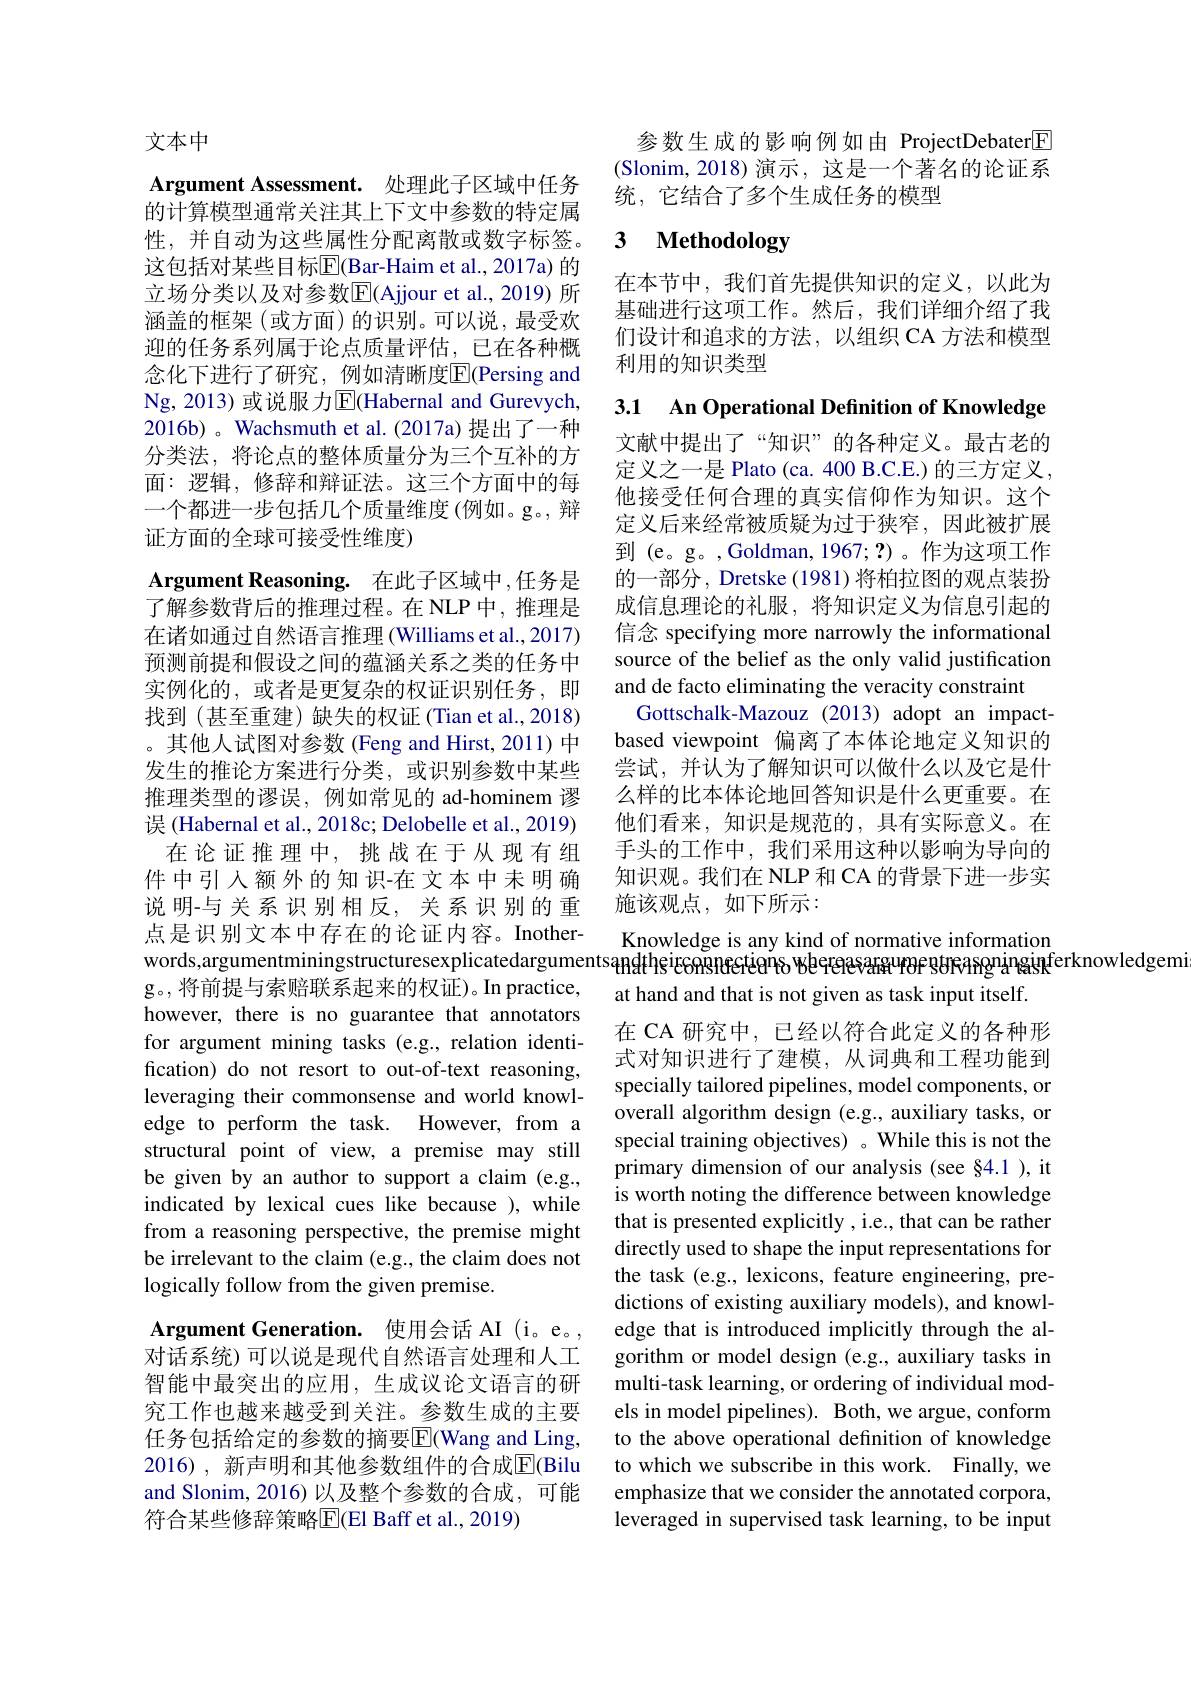
文本中

Argument Assessment. 处理此子区域中任务的计算模型通常关注其上下文中参数的特定属这包括对某些目标$\overline{\mathbb{E}}($Bar-Haim et al., 2017a) 的立场分类以及对参数$\overline{\mathrm{E}}($Ajjour et al., 2019) 所涵盖的框架(或方面)的识别。可以说，最受欢迎的任务系列属于论点质量评估，已在各种概念化下进行了研究，例如清晰度|El(Persing and Ng,2013)或说服力$\overline{\mathrm{E}}$(Habernal and Gurevych, 2016b) 。Wachsmuth et al. (2017a) 提出了一种分类法，将论点的整体质量分为三个互补的方面：逻辑，修辞和辩证法。这三个方面中的每一个都进一步包括几个质量维度(例如。g。, 辩证方面的全球可接受性维度)

Argument Reasoning. 在此子区域中，任务是了解参数背后的推理过程。在 NLP 中，推理是在诸如通过自然语言推理(Williams et al.,2017) 预测前提和假设之间的蕴涵关系之类的任务中实例化的，或者是更复杂的权证识别任务，即找到(甚至重建)缺失的权证(Tian et al.,2018) 。其他人试图对参数 (Feng and Hirst, 2011) 中发生的推论方案进行分类，或识别参数中某些推理类型的谬误，例如常见的 ad-hominem 谬误 (Habernal et al., 2018c; Delobelle et al., 2019) 在论证推理中，挑战在于从现有组
件中引入额外的知识-在文本中未明确说明-与关系识别相反，关系识别的重点是识别文本中存在的论证内容。Inotherwords,argumentminingstructuresexplicatedargumentsangłtheicconsnecteansangłtheicongevaranenens wheresevaranguingisinferknowledgemiterang $(x)=(x)$ dingentiningentingentingentingenting $(x)=(x)$ dingentiningentingentingenting $(x)=(x)$ dingentingentingenti
g。,将前提与索赔联系起来的权证)。In practice, however, there is no guarantee that annotators for argument mining tasks (e.g., relation identification) do not resort to out-of-text reasoning, leveraging their commonsense and world knowledge to perform the task. However, from a structural point of view, a premise may still be given by an author to support a claim (e.g., indicated by lexical cues like because ), while from a reasoning perspective, the premise might be irrelevant to the claim (e.g., the claim does not logically follow from the given premise.
Argument Generation. 使用会话 AI (i。e。, 对话系统)可以说是现代自然语言处理和人工智能中最突出的应用，生成议论文语言的研

究工作也越来越受到关注。参数生成的主要任务包括给定的参数的摘要$\overline{\mathrm{E}}$(Wang and Ling, 2016), 新声明和其他参数组件的合成$\overline{\mathbb{E}}($Bilu and Slonim, 2016)以及整个参数的合成，可能符合某些修辞策略$\overline{\mathrm{E}}($El Baff et al., 2019)

参数生成的影响例如由 ProjectDebater$\boxed{\mathrm{F}}$ (Slonim,2018)演示，这是一个著名的论证系统，它结合了多个生成任务的模型

### 性，并自动为这些属性分配离散或数字标签。3 Methodology

在本节中，我们首先提供知识的定义，以此为基础进行这项工作。然后，我们详细介绍了我们设计和追求的方法，以组织 CA 方法和模型利用的知识类型

文献中提出了“知识”的各种定义。最古老的定义之一是 Plato (ca. 400 B.C.E.) 的三方定义， 他接受任何合理的真实信仰作为知识。这个定义后来经常被质疑为过于狭窄，因此被扩展到 (e。g。,Goldman,1967;?)。作为这项工作的一部分，Dretske (1981) 将柏拉图的观点装扮成信息理论的礼服，将知识定义为信息引起的信念 specifying more narrowly the informational source of the belief as the only valid justification and de facto eliminating the veracity constraint
Gottschalk-Mazouz (2013) adopt an impactbased viewpoint 偏离了本体论地定义知识的尝试，并认为了解知识可以做什么以及它是什么样的比本体论地回答知识是什么更重要。在他们看来，知识是规范的，具有实际意义。在手头的工作中，我们采用这种以影响为导向的知识观。我们在 NLP 和 CA 的背景下进一步实施该观点，如下所示：

3.1 An Operational Definition of Knowledge Knowledge is any kind of normative information at hand and that is not given as task input itself.
在 CA 研究中，已经以符合此定义的各种形式对知识进行了建模，从词典和工程功能到specially tailored pipelines, model components, or overall algorithm design (e.g., auxiliary tasks, or special training objectives) 。While this is not the primary dimension of our analysis (see §4.1 ), it is worth noting the difference between knowledge that is presented explicitly , i.e., that can be rather directly used to shape the input representations for the task (e.g., lexicons, feature engineering, predictions of existing auxiliary models), and knowledge that is introduced implicitly through the algorithm or model design (e.g., auxiliary tasks in multi-task learning, or ordering of individual models in model pipelines). Both, we argue, conform to the above operational definition of knowledge to which we subscribe in this work. Finally, we emphasize that we consider the annotated corpora, leveraged in supervised task learning, to be input